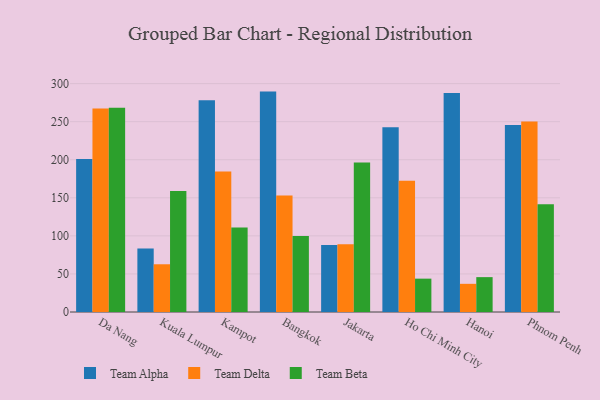
{"axis": {"x": "City", "y": "Revenue (USD Million)"}, "legend": ["Team Alpha", "Team Beta", "Team Delta"], "data": [{"x": "Da Nang", "y": 200.9, "type": "Team Alpha"}, {"x": "Da Nang", "y": 267.3, "type": "Team Delta"}, {"x": "Da Nang", "y": 268.2, "type": "Team Beta"}, {"x": "Kuala Lumpur", "y": 83.3, "type": "Team Alpha"}, {"x": "Kuala Lumpur", "y": 62.7, "type": "Team Delta"}, {"x": "Kuala Lumpur", "y": 159.1, "type": "Team Beta"}, {"x": "Kampot", "y": 278.3, "type": "Team Alpha"}, {"x": "Kampot", "y": 184.7, "type": "Team Delta"}, {"x": "Kampot", "y": 111.0, "type": "Team Beta"}, {"x": "Bangkok", "y": 289.5, "type": "Team Alpha"}, {"x": "Bangkok", "y": 153.0, "type": "Team Delta"}, {"x": "Bangkok", "y": 99.9, "type": "Team Beta"}, {"x": "Jakarta", "y": 88.1, "type": "Team Alpha"}, {"x": "Jakarta", "y": 88.9, "type": "Team Delta"}, {"x": "Jakarta", "y": 196.3, "type": "Team Beta"}, {"x": "Ho Chi Minh City", "y": 242.6, "type": "Team Alpha"}, {"x": "Ho Chi Minh City", "y": 172.5, "type": "Team Delta"}, {"x": "Ho Chi Minh City", "y": 43.8, "type": "Team Beta"}, {"x": "Hanoi", "y": 287.7, "type": "Team Alpha"}, {"x": "Hanoi", "y": 37.0, "type": "Team Delta"}, {"x": "Hanoi", "y": 45.8, "type": "Team Beta"}, {"x": "Phnom Penh", "y": 245.5, "type": "Team Alpha"}, {"x": "Phnom Penh", "y": 250.3, "type": "Team Delta"}, {"x": "Phnom Penh", "y": 141.6, "type": "Team Beta"}]}